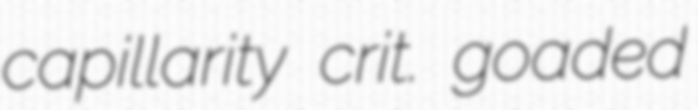
capillarity crit. goaded